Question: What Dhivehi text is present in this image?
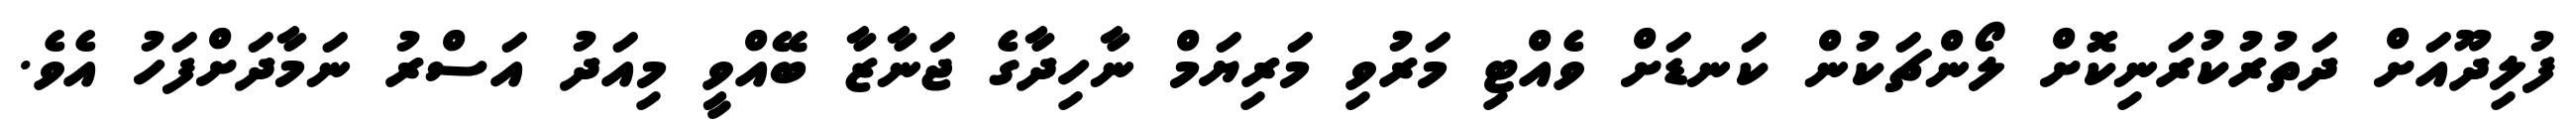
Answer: ފުލިދޫއަށް ދަތުރުކުރަނިކޮށް ލޯންޗަކުން ކަނޑަށް ވެއްޓި މަރުވި މަރިޔަމް ނާހިދާގެ ޖަނާޒާ ބޭއްވީ މިއަދު އަސްރު ނަމާދަށްފަހު އެވެ.